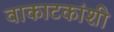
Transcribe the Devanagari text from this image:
वाकाटकांशी